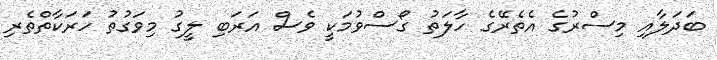
ބަދަލާއި މިސްރުގެ އެތެރޭގެ ހާލަތު ގޯސްވުމަކީ ވެސް އަރަބި ލީގު މިވަގުތު ހަރަކާތްތެރި